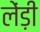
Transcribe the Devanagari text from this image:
लेंड़ी